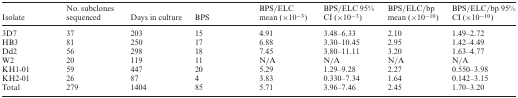
| Isolate | No. subclones sequenced | Days in culture | BPS | BPS/ELC mean (×10−3) | BPS/ELC 95% CI (×10−3) | BPS/ELC/bp mean (×10−10) | BPS/ELC/bp 95% CI (×10−10) |
 | --- | --- | --- | --- | --- | --- | --- | --- |
 | 3D7 | 37 | 203 | 15 | 4.91 | 3.48–6.33 | 2.10 | 1.49–2.72 |
 | HB3 | 81 | 250 | 17 | 6.88 | 3.30–10.45 | 2.95 | 1.42–4.49 |
 | Dd2 | 56 | 298 | 18 | 7.45 | 3.80–11.11 | 3.20 | 1.63–4.77 |
 | W2 | 20 | 119 | 11 | N/A | N/A | N/A | N/A |
 | KH1-01 | 59 | 447 | 20 | 5.29 | 1.29–9.28 | 2.27 | 0.550–3.98 |
 | KH2-01 | 26 | 87 | 4 | 3.83 | 0.330–7.34 | 1.64 | 0.142–3.15 |
 | Total | 279 | 1404 | 85 | 5.71 | 3.96–7.46 | 2.45 | 1.70–3.20 |